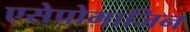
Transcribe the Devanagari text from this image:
एसेप्रोमाजिन